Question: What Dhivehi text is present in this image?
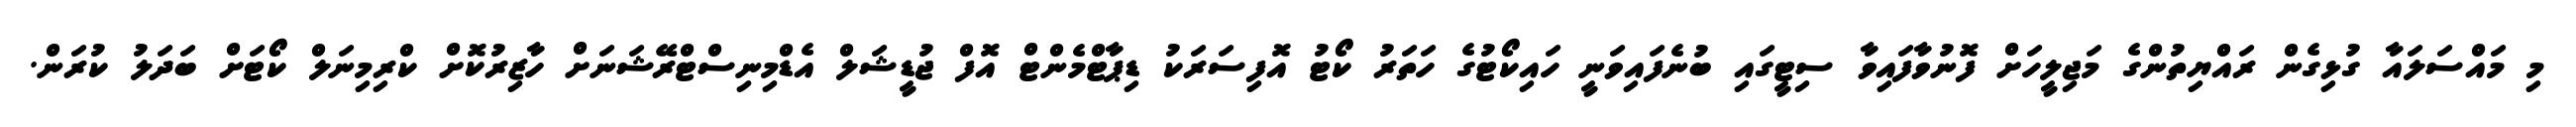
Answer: މި މައްސަލައާ ގުޅިގެން ރައްޔިތުންގެ މަޖިލީހަށް ފޮނުވާފައިވާ ސިޓީގައި ބުނެފައިވަނީ ހައިކޯޓުގެ ހަތަރު ކޯޓު އޮފިސަރަކު ޑިޕާޓްމެންޓް އޮފް ޖުޑީޝަލް އެޑްމިނިސްޓްރޭޝަނަށް ހާޒިރުކޮށް ކްރިމިނަލް ކޯޓަށް ބަދަލު ކުރަން.